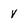
Character: v